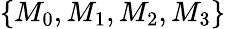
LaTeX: \{ M_{0},M_{1},M_{2},M_{3}\}